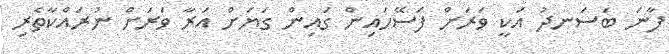
ފާނަ ބަސަނދު އަކީ ވަރަށް ފަސޭހައިން ގައިން ގަޔަށް އަރާ ވަރަށް ނުރައްކާތެރި